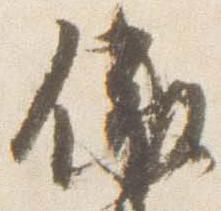
依